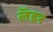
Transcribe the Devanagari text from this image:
लॅडर